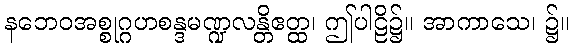
နဘေဝအစ္စုဂ္ဂဟစန္ဒမဏ္ဍလန္တိဧတ္ထ၊ ဤပါဠိ၌။ အာကာသေ၊ ၌။